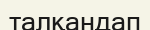
талқандап